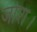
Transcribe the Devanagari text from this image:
जोश।